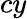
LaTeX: cy